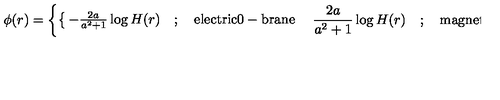
\phi ( r ) = \left\{ \begin{cases} { - \frac { 2 a } { a ^ { 2 } + 1 } \log H ( r ) \quad ; \quad \mathrm { e l e c t r i c 0 - b r a n e } } \\ { \quad \frac { 2 a } { a ^ { 2 } + 1 } \log H ( r ) \quad ; \quad \mathrm { m a g n e t i c s o l i t o n i c 0 - b r a n e } ; } \\ \end{cases} \right.